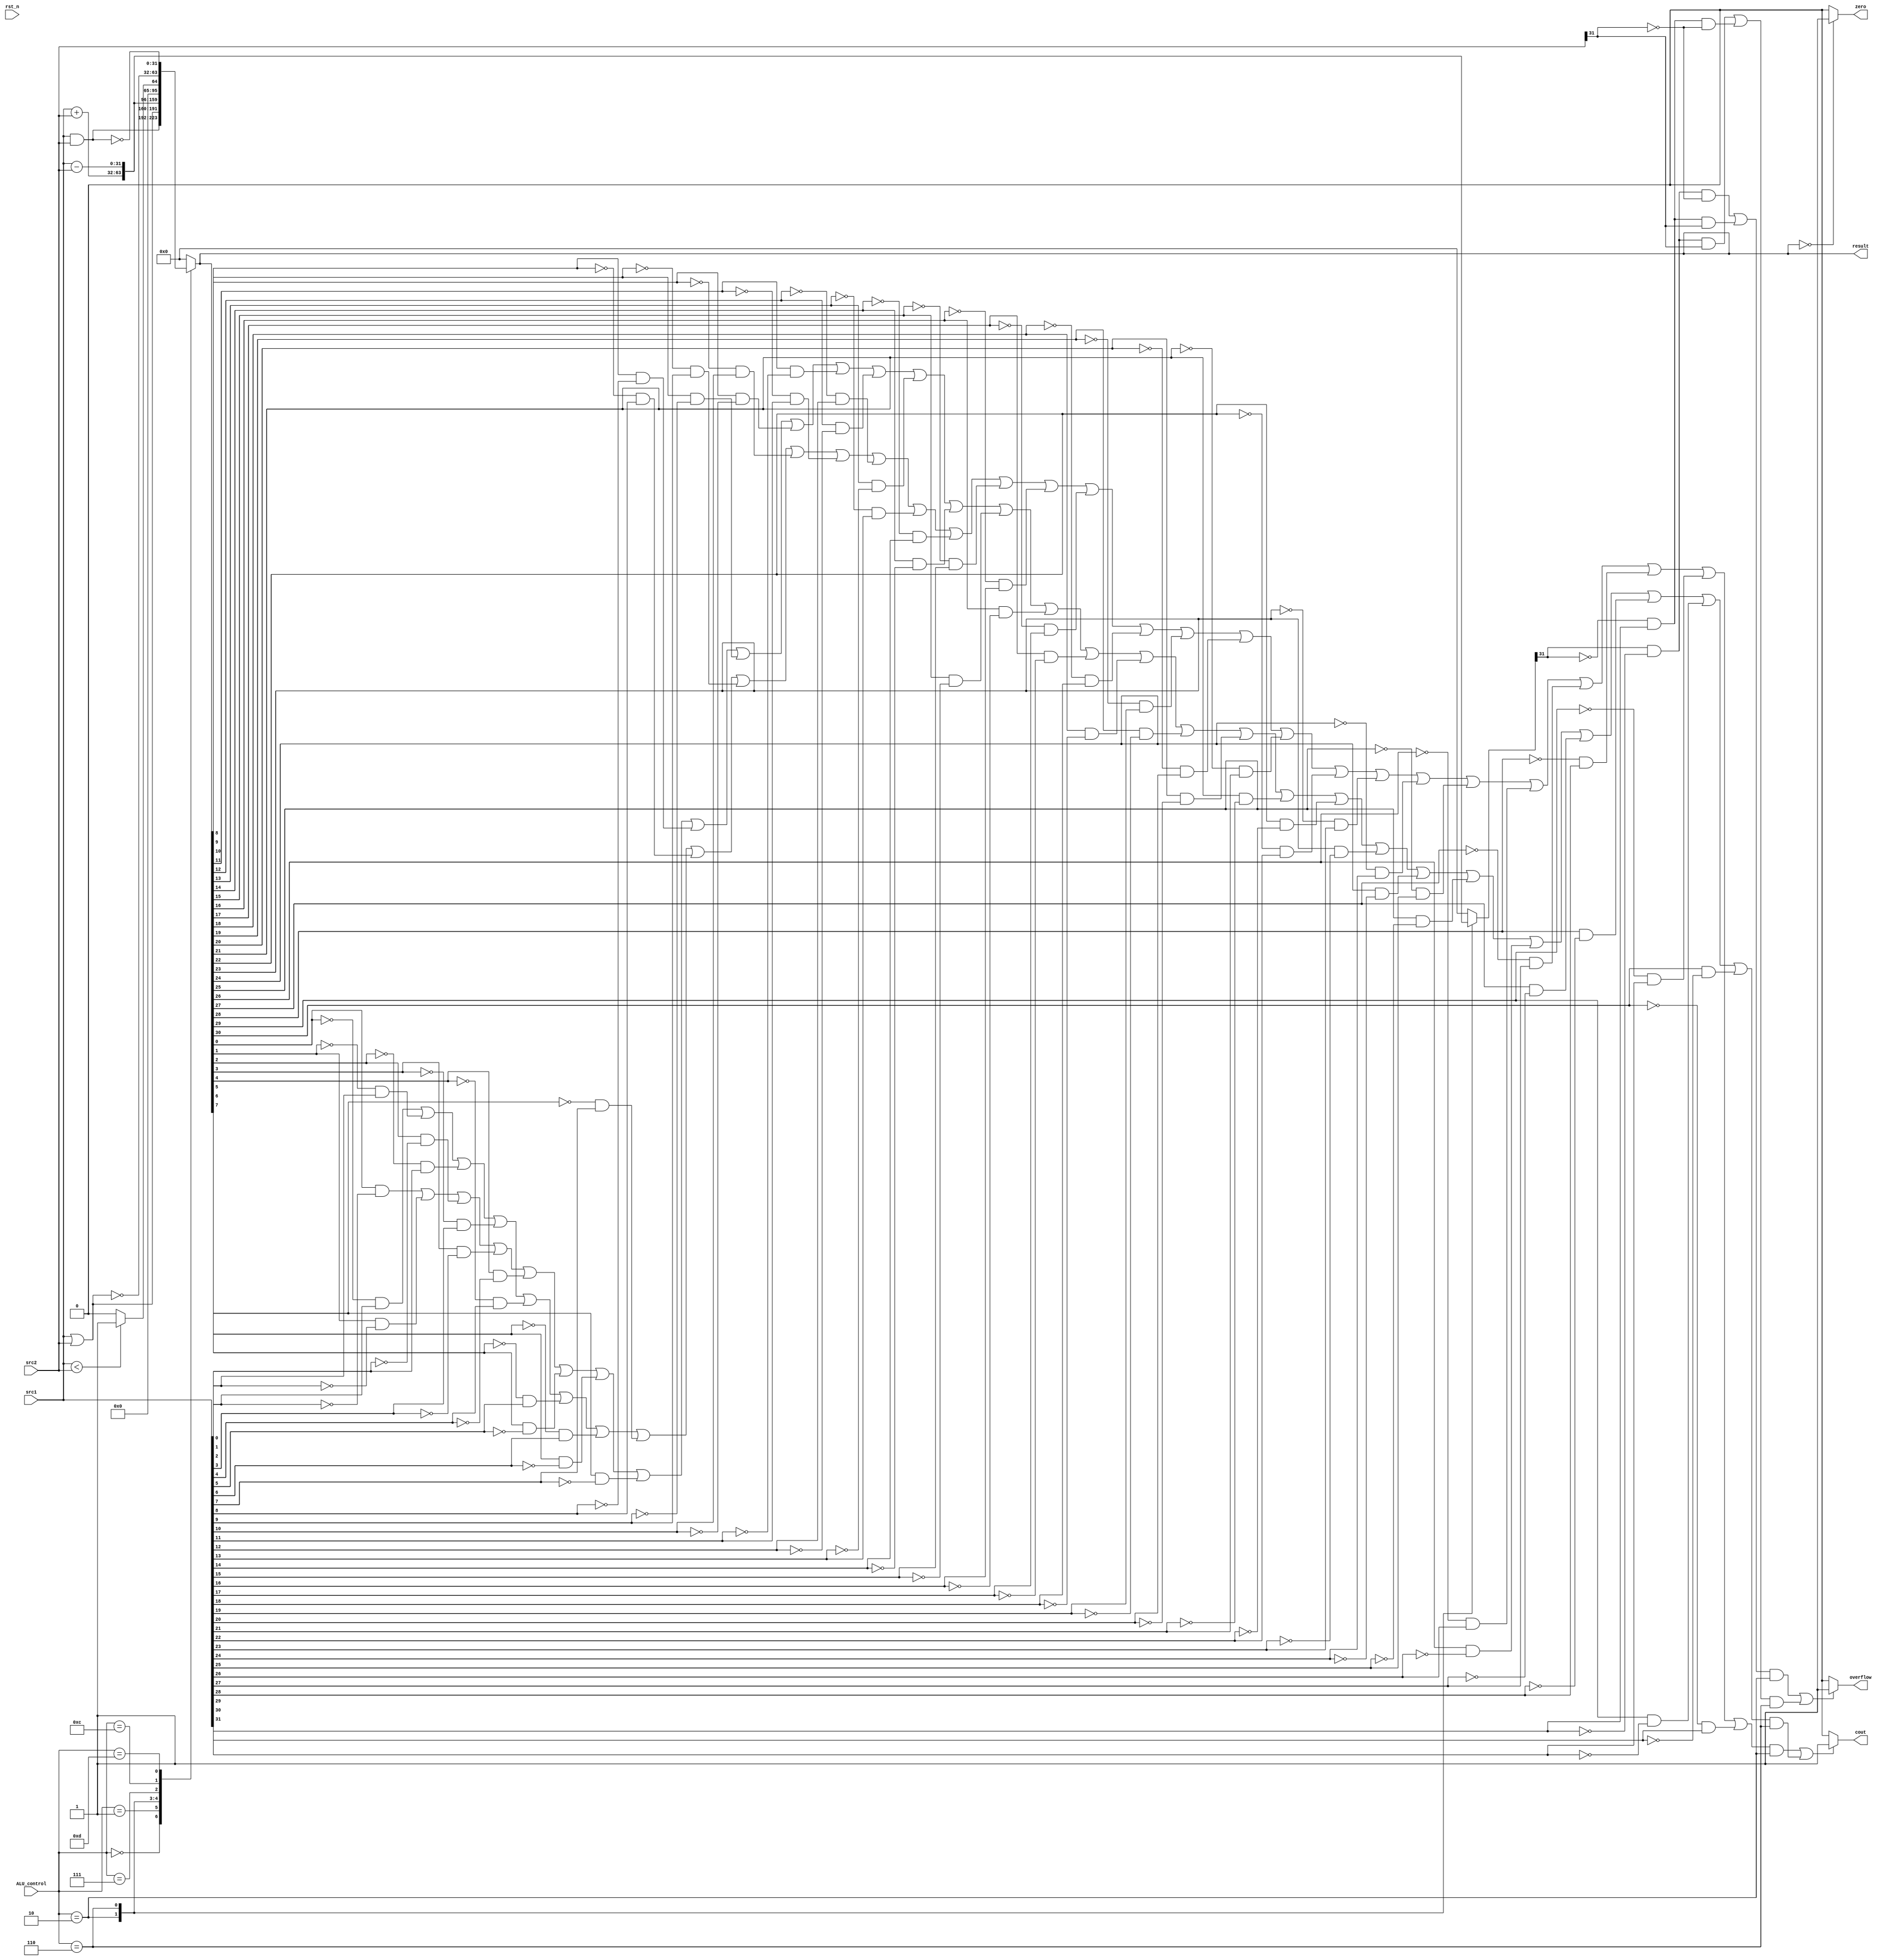
`timescale 1ns/1ps

//////////////////////////////////////////////////////////////////////////////////
// Company:
// Engineer:
//
// Design Name:
// Module Name:    alu
// Project Name:
// Target Devices:
// Tool versions:
// Description:
//
// Dependencies:
//
// Revision:
// Revision 0.01 - File Created
// Additional Comments:
//
//////////////////////////////////////////////////////////////////////////////////
//0610016 _0413118
module alu(
           rst_n,         // negative reset            (input)
           src1,          // 32 bits source 1          (input)
           src2,          // 32 bits source 2          (input)
           ALU_control,   // 4 bits ALU control input  (input)
		 //bonus_control, // 3 bits bonus control input(input) 
           result,        // 32 bits result            (output)
           zero,          // 1 bit when the output is 0, zero must be set (output)
           cout,          // 1 bit carry out           (output)
           overflow       // 1 bit overflow            (output)
           );


input           rst_n;
input   [32-1:0] src1;
input   [32-1:0] src2;
input   [4-1:0] ALU_control;
//input   [3-1:0] bonus_control; 

output [32-1:0] result;
output          zero;
output          cout;
output          overflow;
wire             zero;
reg signed[31:0]src1temp;
reg signed[31:0]src2temp;
reg [0:0] zerotemp;
reg  [32:0] overflowdetect;
reg [0:0] overflowflag;
reg   [32-1:0] result;
wire          cout;
reg    [0:0]  coutdect;
wire          overflow;
//assign zero = (((src1 - src2) == 0) ^ (ALU_control == 4'b1110));
assign zero =zerotemp;
assign overflow =overflowflag;
assign cout =coutdect;

always @ (src1 or src2 or ALU_control) begin
    src1temp=src1;
    src2temp=src2;
    
	case (ALU_control)//aluO
		4'b0000 : result= src1 & src2;
		4'b0001 : result= src1 | src2;
		4'b0010 : result= src1 + src2;
		4'b0110 : result= src1 - src2;
		4'b0111 : result=(src1temp < src2temp)? 1'b1 : 1'b0;//slt
		4'b1100 : result=  ~(src1 | src2);
		4'b1101 : result= ~(src1 & src2);
		default :  result= 0;//paluAWzdA^0
	endcase
	case (ALU_control)
            
            4'b0010 : overflowdetect= src1 + src2;
            4'b0110 : overflowdetect= src1 - src2;
            
            default :  overflowdetect= 0;
            endcase
	if(result==0) zerotemp=1;
	else zerotemp=0;
	//32'b01111111111111111111111111111111
	if((((overflowdetect[31]==1&&src1[31]==0&&src2[31]==0)||(overflowdetect[31]==0&&src1[31]==1&&src2[31]==1))&&ALU_control==4'b0010)||
	   (((overflowdetect[31]==1&&src1[31]==0&&src2[31]==1)||(overflowdetect[31]==0&&src1[31]==1&&src2[31]==0))&&ALU_control==4'b0110)) overflowflag=1;
          else overflowflag=0;



                
     if( (((result[0]==0&&src1[0]==1)||
          (result[1]==0&&src1[1]==1)||
          (result[2]==0&&src1[2]==1)||
          (result[3]==0&&src1[3]==1)||
          (result[4]==0&&src1[4]==1)||
          (result[5]==0&&src1[5]==1)||
          (result[6]==0&&src1[6]==1)||
          (result[7]==0&&src1[7]==1)||
          (result[8]==0&&src1[8]==1)||
          (result[9]==0&&src1[9]==1)||
          (result[10]==0&&src1[10]==1)||
          (result[11]==0&&src1[11]==1)||
          (result[12]==0&&src1[12]==1)||
          (result[13]==0&&src1[13]==1)||
          (result[14]==0&&src1[14]==1)||
          (result[15]==0&&src1[15]==1)||
          (result[16]==0&&src1[16]==1)||
          (result[17]==0&&src1[17]==1)||
          (result[18]==0&&src1[18]==1)||
          (result[19]==0&&src1[19]==1)||
          (result[20]==0&&src1[20]==1)||
          (result[21]==0&&src1[21]==1)||
          (result[22]==0&&src1[22]==1)||
          (result[23]==0&&src1[23]==1)||
          (result[24]==0&&src1[24]==1)||
          (result[25]==0&&src1[25]==1)||
          (result[26]==0&&src1[26]==1)||
          (result[27]==0&&src1[27]==1)||
          (result[28]==0&&src1[28]==1)||
          (result[29]==0&&src1[29]==1)||
          (result[30]==0&&src1[30]==1)
                    
          )&&  ALU_control==4'b0010)   ||
                 (  (   (result[0]==1&&src1[0]==0)||
                        (result[1]==1&&src1[1]==0)||
                        (result[2]==1&&src1[2]==0)||
                        (result[3]==1&&src1[3]==0)||
                        (result[4]==1&&src1[4]==0)||
                        (result[5]==1&&src1[5]==0)||
                        (result[6]==1&&src1[6]==0)||
                        (result[7]==1&&src1[7]==0)||
                        (result[8]==1&&src1[8]==0)||
                        (result[9]==1&&src1[9]==0)||
                        (result[10]==1&&src1[10]==0)||
                        (result[11]==1&&src1[11]==0)||
                        (result[12]==1&&src1[12]==0)||
                        (result[13]==1&&src1[13]==0)||
                        (result[14]==1&&src1[14]==0)||
                        (result[15]==1&&src1[15]==0)||
                        (result[16]==1&&src1[16]==0)||
                        (result[17]==1&&src1[17]==0)||
                        (result[18]==1&&src1[18]==0)||
                        (result[19]==1&&src1[19]==0)||
                        (result[20]==1&&src1[20]==0)||
                        (result[21]==1&&src1[21]==0)||
                        (result[22]==1&&src1[22]==0)||
                        (result[23]==1&&src1[23]==0)||
                        (result[24]==1&&src1[24]==0)||
                        (result[25]==1&&src1[25]==0)||
                        (result[26]==1&&src1[26]==0)||
                        (result[27]==1&&src1[27]==0)||
                        (result[28]==1&&src1[28]==0)||
                        (result[29]==1&&src1[29]==0)||
                        (result[30]==1&&src1[30]==0)  )&&
                        ALU_control==4'b0110           )         ) coutdect=1;
                        else coutdect=0;        
end
endmodule